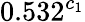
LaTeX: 0.532^{c_{1}}